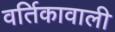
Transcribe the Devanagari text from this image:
वर्तिकावाली